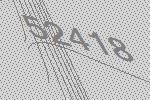
52418